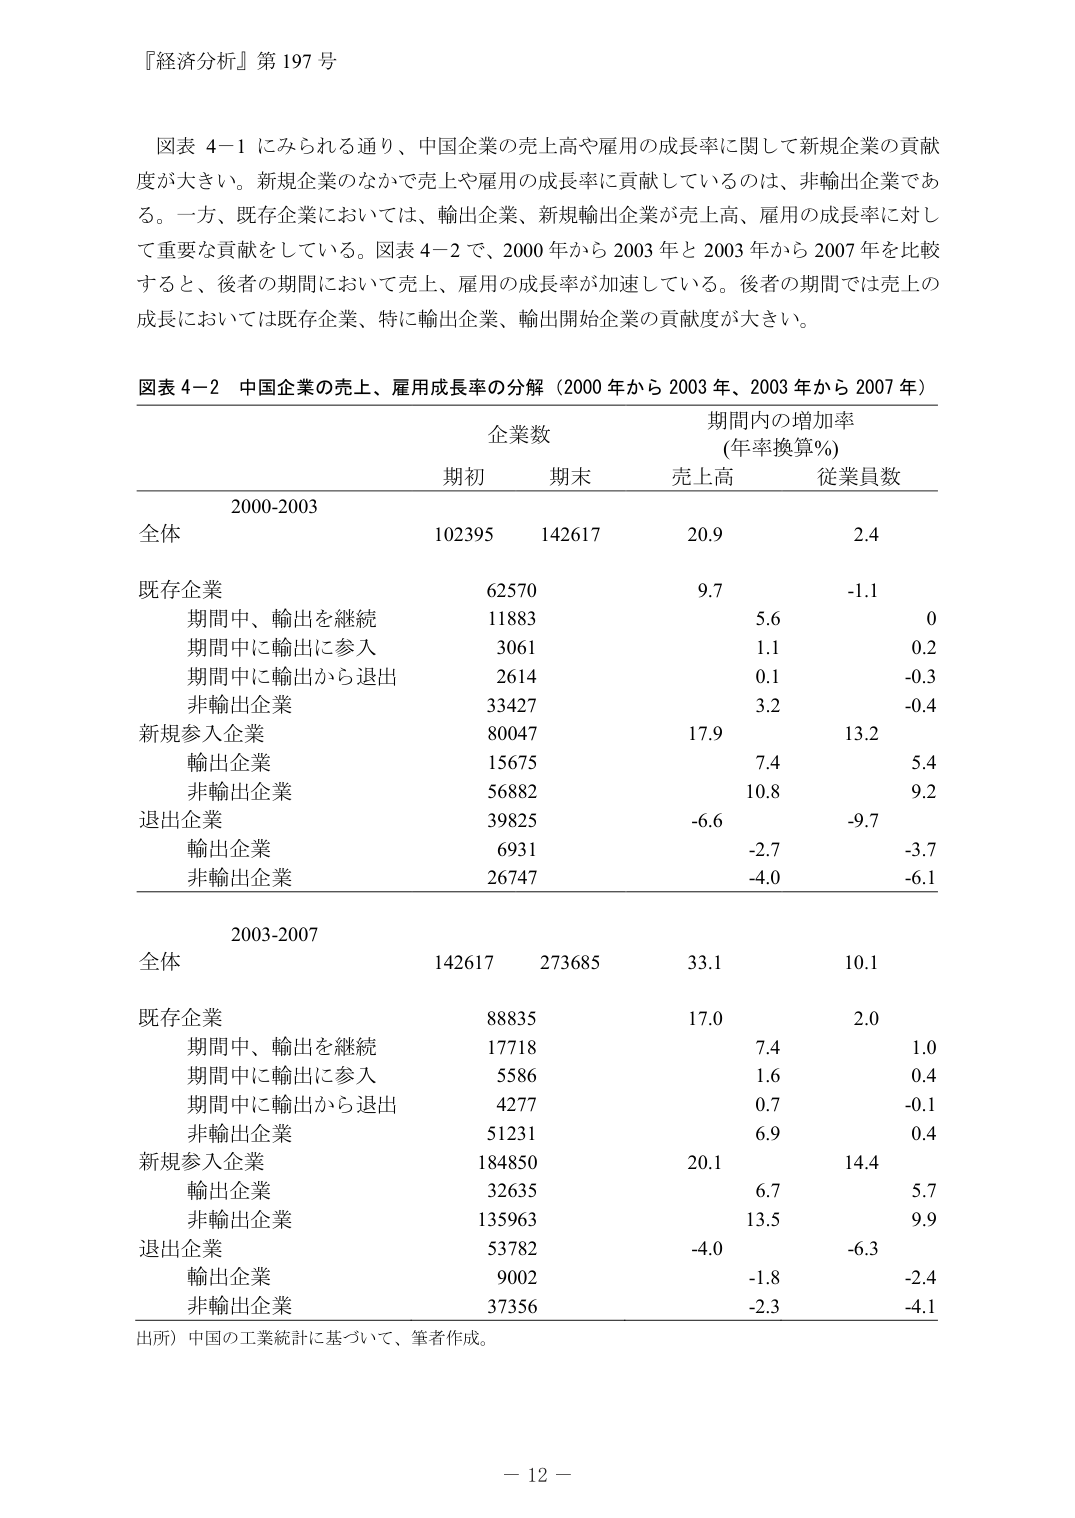
『経済分析』第 197 号

図表 4-1 にみられる通り、中国企業の売上高や雇用の成長率に関して新規企業の貢献度が大きい。新規企業のなかで売上や雇用の成長率に貢献しているのは、非輸出企業である。一方、既存企業においては、輸出企業、新規輸出企業が売上高、雇用の成長率に対して重要な貢献をしている。図表 4-2 で、2000 年から 2003 年と 2003 年から 2007 年を比較すると、後者の期間において売上、雇用の成長率が加速している。後者の期間では売上の成長においては既存企業、特に輸出企業、輸出開始企業の貢献度が大きい。

図表 4-2 中国企業の売上、雇用成長率の分解（2000 年から 2003 年、2003 年から 2007 年）

企業数 期間内の増加率（年率換算%）
期初 期末 売上高 従業員数

2000-2003
全体 102395 142617 20.9 2.4
既存企業 62570 9.7 -1.1
　期間中、輸出を継続 11883 5.6 0
　期間中に輸出に参入 3061 1.1 0.2
　期間中に輸出から退出 2614 0.1 -0.3
　非輸出企業 33427 3.2 -0.4
新規参入企業 80047 17.9 13.2
　輸出企業 15675 7.4 5.4
　非輸出企業 56882 10.8 9.2
退出企業 39825 -6.6 -9.7
　輸出企業 6931 -2.7 -3.7
　非輸出企業 26747 -4.0 -6.1

2003-2007
全体 142617 273685 33.1 10.1
既存企業 88835 17.0 2.0
　期間中、輸出を継続 17718 7.4 1.0
　期間中に輸出に参入 5586 1.6 0.4
　期間中に輸出から退出 4277 0.7 -0.1
　非輸出企業 51231 6.9 0.4
新規参入企業 184850 20.1 14.4
　輸出企業 32635 6.7 5.7
　非輸出企業 135963 13.5 9.9
退出企業 53782 -4.0 -6.3
　輸出企業 9002 -1.8 -2.4
　非輸出企業 37356 -2.3 -4.1

出所）中国の工業統計に基づいて、筆者作成。

－ 12 －